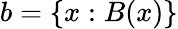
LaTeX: b=\{ x:B(x)\}